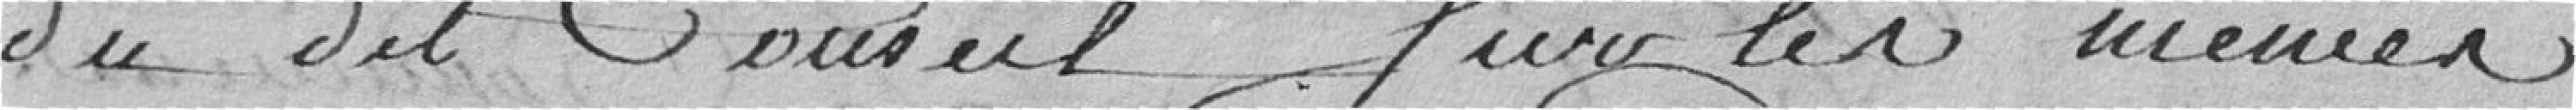
du dit Conseil que les mêmes